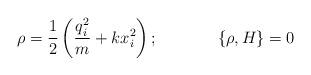
LaTeX: \begin{align*}\rho = \frac{1}{2}\left( \frac{q^2_i}{m} + kx^2_i\right); \hskip 1.5cm \{\rho , H \} = 0 \end{align*}